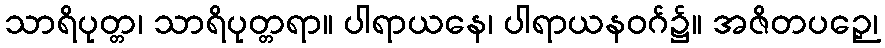
သာရိပုတ္တ၊ သာရိပုတ္တရာ။ ပါရာယနေ၊ ပါရာယနဝဂ်၌။ အဇိတပဉှေ၊